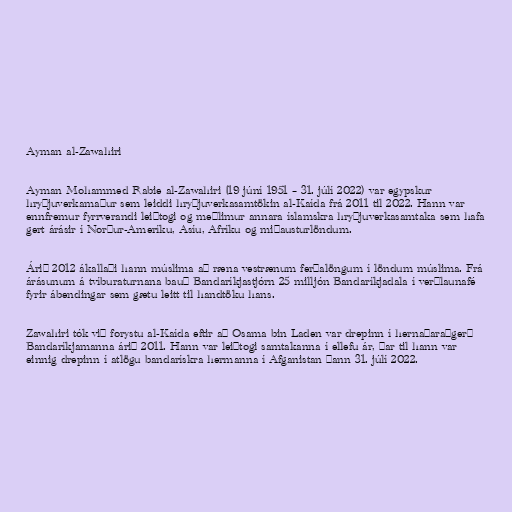
Ayman al-Zawahiri

Ayman Mohammed Rabie al-Zawahiri (19 júní 1951 – 31. júlí 2022) var egypskur
hryðjuverkamaður sem leiddi hryðjuverkasamtökin al-Kaída frá 2011 til 2022. Hann var
ennfremur fyrrverandi leiðtogi og meðlimur annara íslamskra hryðjuverkasamtaka sem hafa
gert árásir í Norður-Ameríku, Asíu, Afríku og miðausturlöndum.

Árið 2012 ákallaði hann múslima að ræna vestrænum ferðalöngum í löndum múslima. Frá
árásunum á tvíburaturnana bauð Bandaríkjastjórn 25 milljón Bandaríkjadala í verðlaunafé
fyrir ábendingar sem gætu leitt til handtöku hans.

Zawahiri tók við forystu al-Kaída eftir að Osama bin Laden var drepinn í hernaðaraðgerð
Bandaríkjamanna árið 2011. Hann var leiðtogi samtakanna í ellefu ár, þar til hann var
einnig drepinn í atlögu bandarískra hermanna í Afganistan þann 31. júlí 2022.